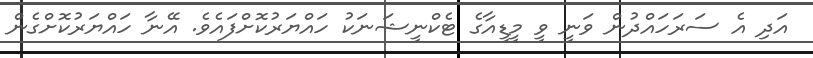
އަދި އެ ސަރަހައްދުން ވަނީ ވީ މީޑީއާގެ ޓެކްނީޝަނަކު ހައްޔަރުކޮށްފައެވެ. އޭނާ ހައްޔަރުކޮށްގެން